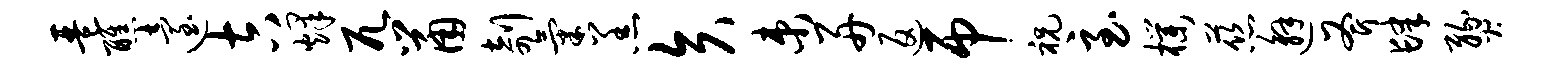
琶醮迨吉烽兀鼠剞气羔矢束舟返吊祝至朴慈邂斧肆燹